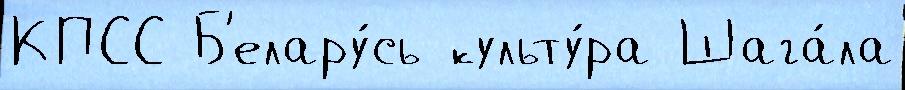
КПСС Б'елару́сь культу́ра Шага́ла